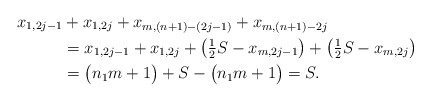
\begin{align*}x_{1,2j-1} &+ x_{1,2j} + x_{m,(n+1)-(2j-1)} + x_{m,(n+1)-2j} \\&= x_{1,2j-1} + x_{1,2j} + \bigl( \tfrac{1}{2} S - x_{m,2j-1} \bigr) + \bigl( \tfrac{1}{2} S - x_{m,2j} \bigr) \\&= \bigl( n_1 m +1 \bigr) + S - \bigl( n_1 m +1 \bigr) =S.\end{align*}